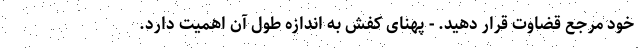
خود مرجع قضاوت قرار دهید. - پهنای کفش به اندازه طول آن اهمیت دارد.